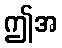
ဤအ